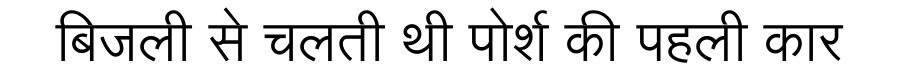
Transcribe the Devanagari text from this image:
बिजली से चलती थी पोर्श की पहली कार